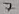
Text: 7